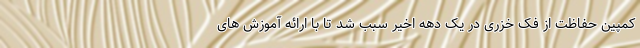
کمپین حفاظت از فک خزری در یک دهه اخیر سبب شد تا با ارائه آموزش های